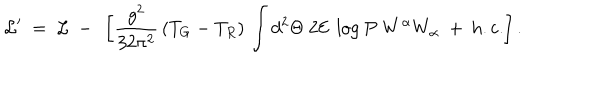
LaTeX: { \cal L } ^ { \prime } \ = \ { \cal L } \ - \ \left[ \frac { g ^ { 2 } } { 3 2 \pi ^ { 2 } } \, ( T _ { G } - T _ { R } ) \, \int d ^ { 2 } \Theta ~ 2 { \cal E } ~ \log P ~ W ^ { \alpha } W _ { \alpha } \ + \ \mathrm { h . c . } \right] .